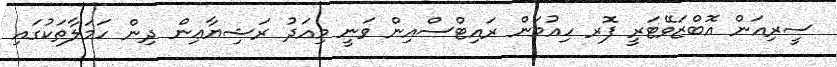
ސީރިއަން އޮބްޒަވޭޓަރީ ފޮރ ހިއުމަން ރައިޓްސްއިން ވަނީ މިއަދު ރަޝިޔާޢިން ދިން ހަމަލާތަކުގައި